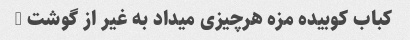
کباب کوبیده مزه هرچیزی میداد به غیر از گوشت …